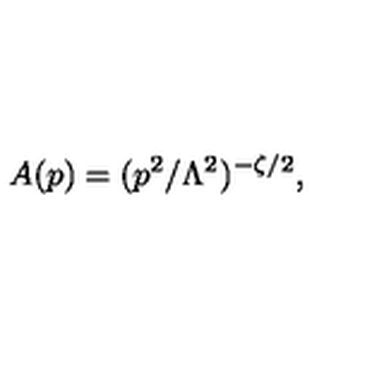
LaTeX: A ( p ) = ( p ^ { 2 } / \Lambda ^ { 2 } ) ^ { - \zeta / 2 } ,